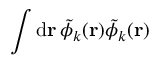
\int \mathrm { d } \mathbf { r } \, \tilde { \phi } _ { k } ( \mathbf { r } ) \tilde { \phi } _ { k } ( \mathbf { r } )